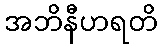
အဘိနီဟရတိ